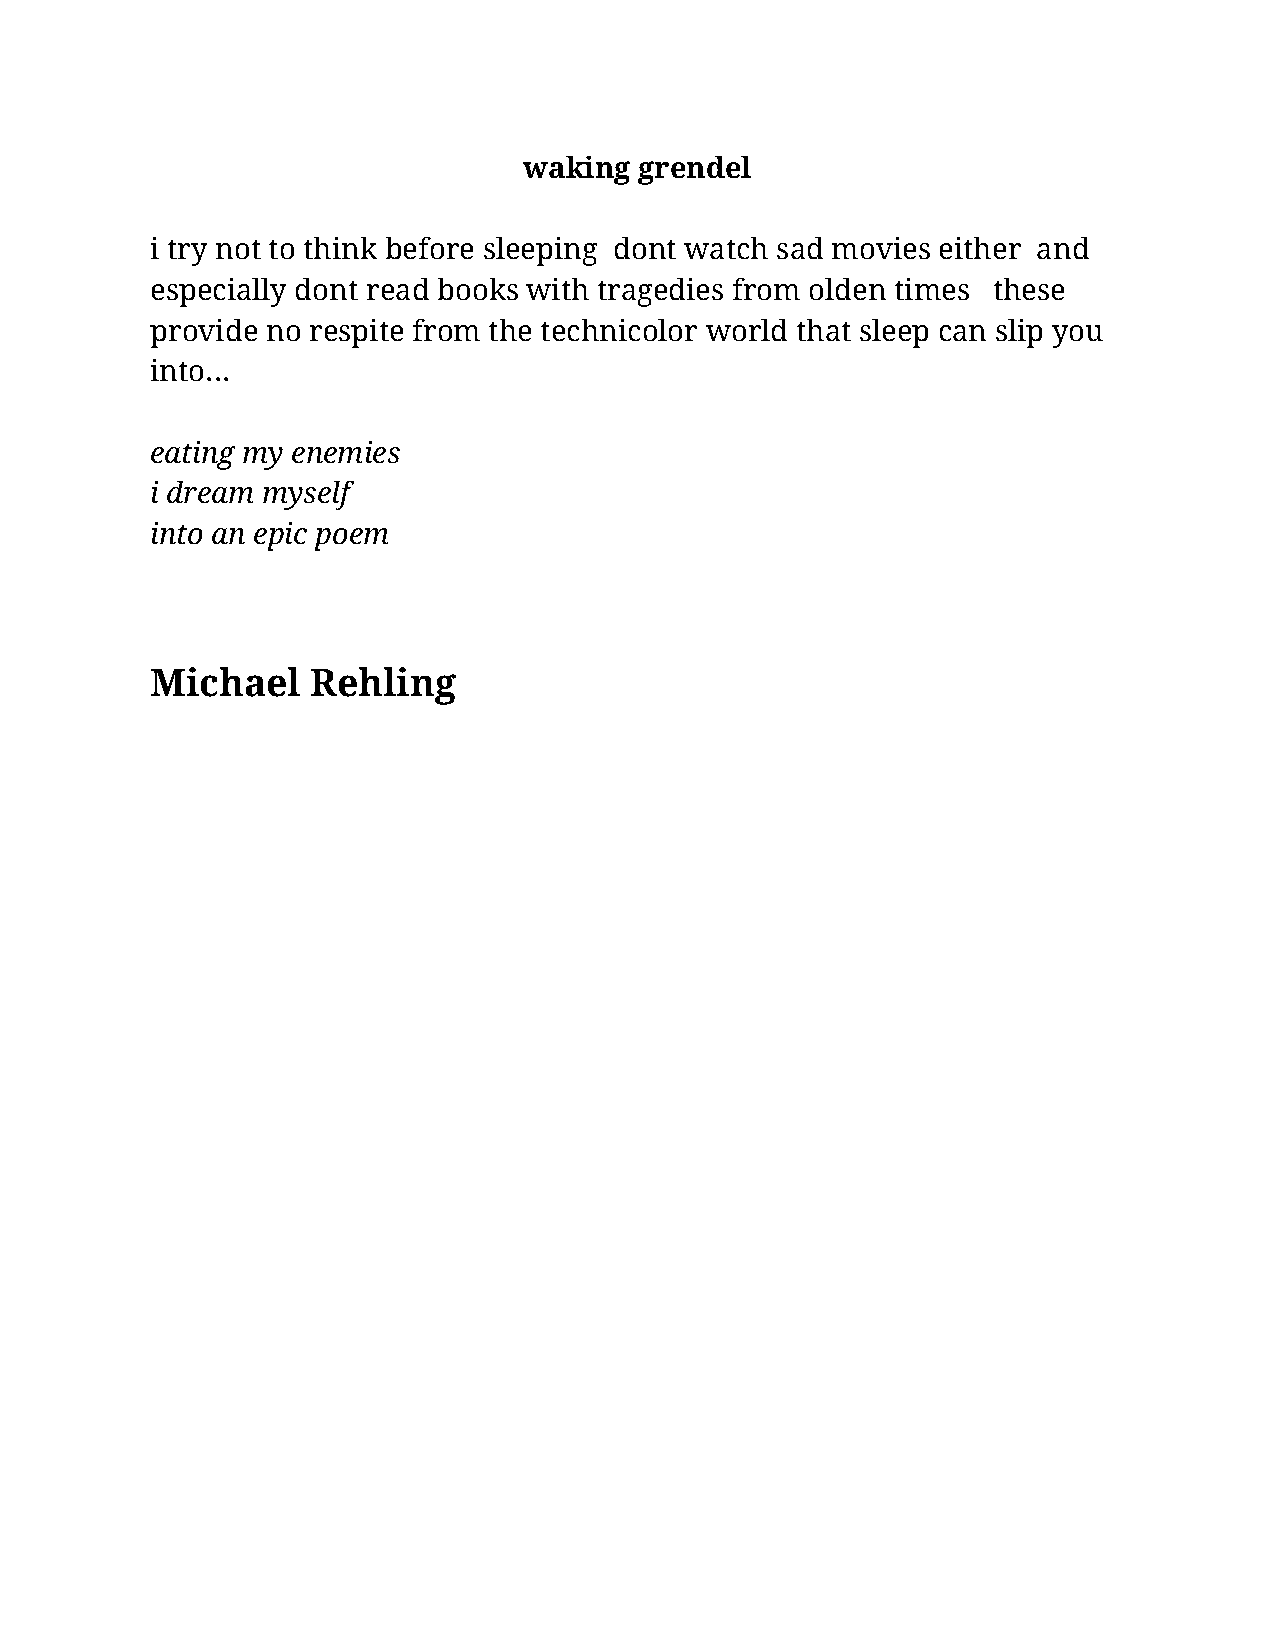
waking grendel
 i try not to think before sleeping dont watch sad movies either and
 especially dont read books with tragedies from olden times these
 provide no respite from the technicolor world that sleep can slip you
 into...
 eating my enemies
 i dream myself
 into an epic poem
 Michael    Rehling